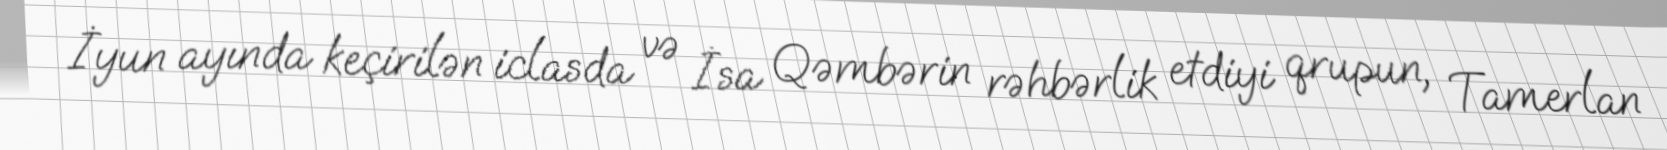
İyun ayında keçirilən iclasda və İsa Qəmbərin rəhbərlik etdiyi qrupun, Tamerlan